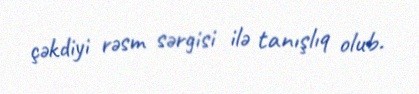
çəkdiyi rəsm sərgisi ilə tanışlıq olub.